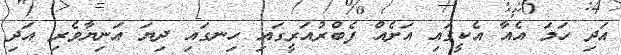
އަދި ހަމަ އެއާ އެކީގައި އަށެއް ފެބްރުއަރީގައި ހިނގައި ދިޔަ އަނިޔާވެރި އަދި